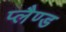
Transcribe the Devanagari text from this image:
प्लैण्ड